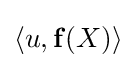
\langle u,\mathbf {f} (X)\rangle